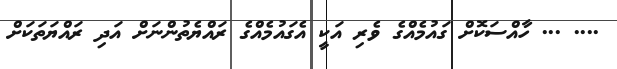
.... ... ހާއްސަކޮށް ގައުމެެއްގެ ވެރި އަކީ އެގައުމެއްގެ ރައްޔެތުންނަށް އަދި ރައްޔަތަކަށް